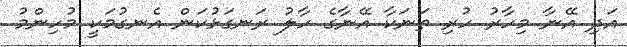
އަދި އޭނާ މިހާރު ހުރި ތަނަކާ އޭނާގެ ހާލު ރަނގަޅުކަން އެނގުމަކީ މުހިންމު